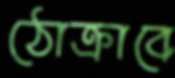
ঠোক্‌রাবে